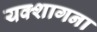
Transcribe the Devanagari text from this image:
यक्शागना